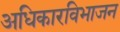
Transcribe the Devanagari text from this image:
अधिकारविभाजन